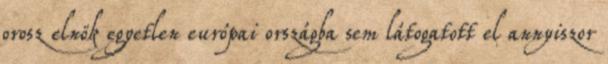
orosz elnök egyetlen európai országba sem látogatott el annyiszor